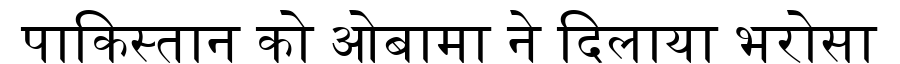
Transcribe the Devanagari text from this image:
पाकिस्तान को ओबामा ने दिलाया भरोसा